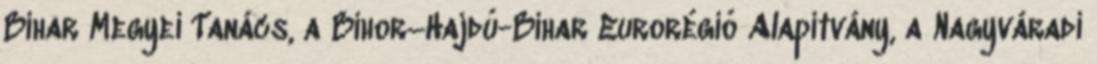
Bihar Megyei Tanács, a Bihor–Hajdú-Bihar Eurorégió Alapítvány, a Nagyváradi